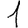
Digit: 1